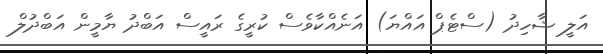
އަލީ ޝާހިދު (ސްޓެޕް އައްޔަ) އަނެއްކާވެސް ކުރީގެ ރައީސް އަބްދު ޔާމީން އަބްދުލް